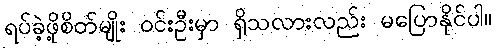
ရပ်ခဲ့ဖို့စိတ်မျိုး ဝင်းဦးမှာ ရှိသလားလည်း မပြောနိုင်ပါ။